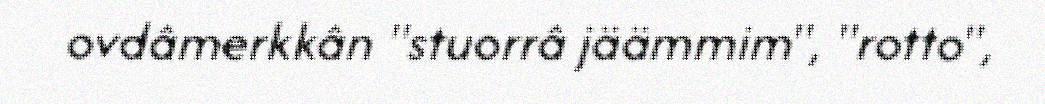
ovdâmerkkân "stuorrâ jäämmim", "rotto",